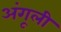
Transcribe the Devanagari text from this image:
अंगूली